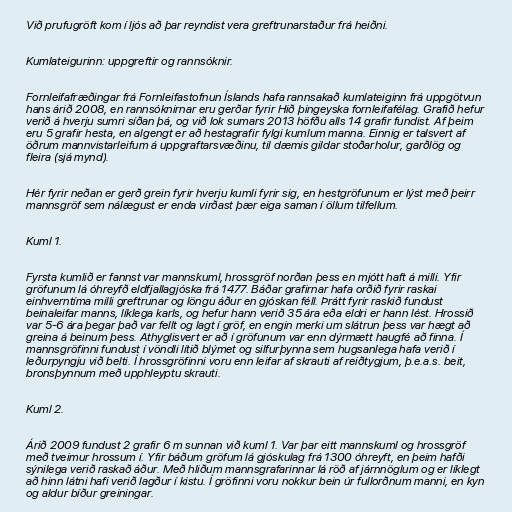
Við prufugröft kom í ljós að þar reyndist vera greftrunarstaður frá heiðni.

Kumlateigurinn: uppgreftir og rannsóknir.

Fornleifafræðingar frá Fornleifastofnun Íslands hafa rannsakað kumlateiginn frá uppgötvun
hans árið 2008, en rannsóknirnar eru gerðar fyrir Hið þingeyska fornleifafélag. Grafið hefur
verið á hverju sumri síðan þá, og við lok sumars 2013 höfðu alls 14 grafir fundist. Af þeim
eru 5 grafir hesta, en algengt er að hestagrafir fylgi kumlum manna. Einnig er talsvert af
öðrum mannvistarleifum á uppgraftarsvæðinu, til dæmis gildar stoðarholur, garðlög og
fleira (sjá mynd).

Hér fyrir neðan er gerð grein fyrir hverju kumli fyrir sig, en hestgröfunum er lýst með þeirr
mannsgröf sem nálægust er enda virðast þær eiga saman í öllum tilfellum.

Kuml 1.

Fyrsta kumlið er fannst var mannskuml, hrossgröf norðan þess en mjótt haft á milli. Yfir
gröfunum lá óhreyfð eldfjallagjóska frá 1477. Báðar grafirnar hafa orðið fyrir raskai
einhverntíma milli greftrunar og löngu áður en gjóskan féll. Þrátt fyrir raskið fundust
beinaleifar manns, líklega karls, og hefur hann verið 35 ára eða eldri er hann lést. Hrossið
var 5-6 ára þegar það var fellt og lagt í gröf, en engin merki um slátrun þess var hægt að
greina á beinum þess. Athyglisvert er að í gröfunum var enn dýrmætt haugfé að finna. Í
mannsgröfinni fundust í vöndli lítið blýmet og silfurþynna sem hugsanlega hafa verið í
leðurpyngju við belti. Í hrossgröfinni voru enn leifar af skrauti af reiðtygjum, þ.e.a.s. beit,
bronsþynnum með upphleyptu skrauti.

Kuml 2.

Árið 2009 fundust 2 grafir 6 m sunnan við kuml 1. Var þar eitt mannskuml og hrossgröf
með tveimur hrossum í. Yfir báðum gröfum lá gjóskulag frá 1300 óhreyft, en þeim hafði
sýnilega verið raskað áður. Með hliðum mannsgrafarinnar lá röð af járnnöglum og er líklegt
að hinn látni hafi verið lagður í kistu. Í gröfinni voru nokkur bein úr fullorðnum manni, en kyn
og aldur bíður greiningar.